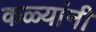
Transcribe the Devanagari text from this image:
कळ्यांनी